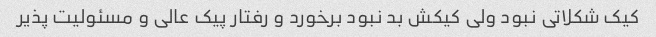
کیک شکلاتی نبود ولی کیکش بد نبود برخورد و رفتار پیک عالی و مسئولیت پذیر